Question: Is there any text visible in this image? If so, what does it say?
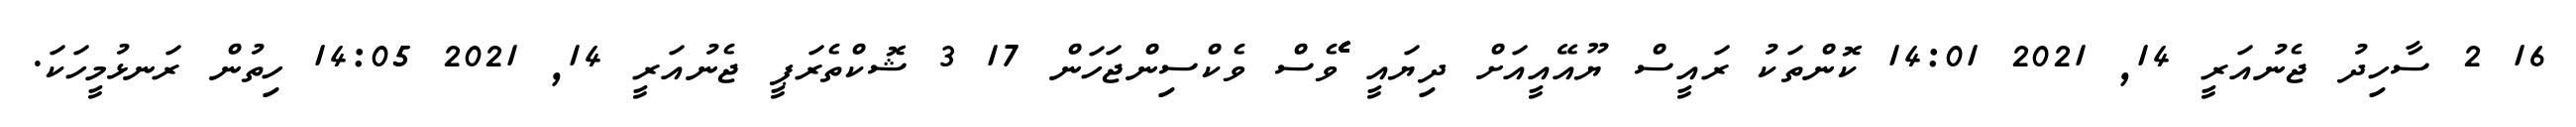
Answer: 16 2 ސާހިދު ޖެނުއަރީ 14, 2021 14:01 ކޮންތަކު ރައީސް ޔޫއޭއީއަށް ދިޔައީ ެެެެެެެެެެެެެެެެެެެެެެެެެެެެެެެެެެެެެެެެެެެެެެެެެެެެެެެެވެސް ވެކްސިންޖަހަން 17 3 ޝޮކްތެރަޕީ ޖެނުއަރީ 14, 2021 14:05 ހިތުން ރަނޅުމީހަކަ.